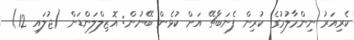
ކެރިއަރު ނިންމާލުމުގެ ކުރިން ފެނަބާޗޭ އަށް ކުޅެން ބޭނުން: އޮޒިލްލަންޑަން (ޖުލައި 12)